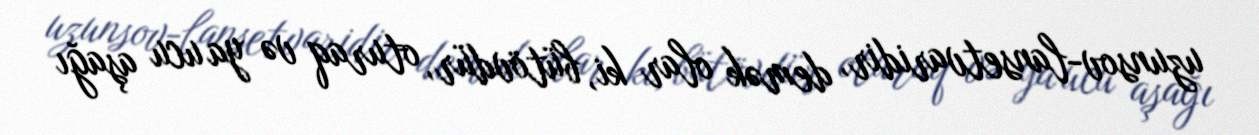
uzunsov-lansetvaridir, demək olar ki, bütövdür, oturaq və ya ucu aşağı